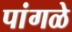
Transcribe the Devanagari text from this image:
पांगळे